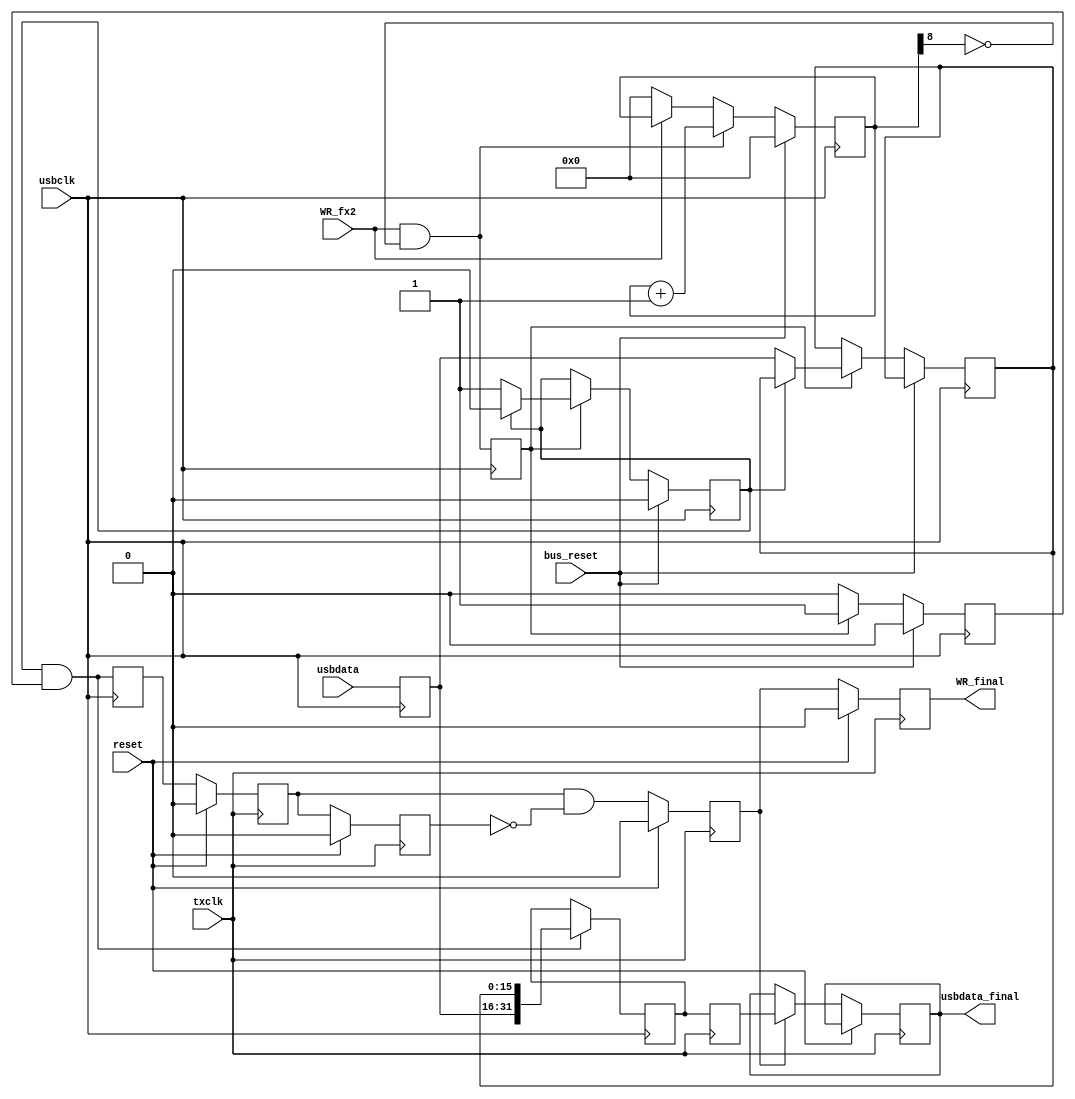
module tx_packer
   (     //FX2 Side
			input bus_reset, 
			input usbclk, 
			input WR_fx2, 
			input [15:0]usbdata,
			
			// TX Side
			input reset,
			input txclk,
			output reg [31:0] usbdata_final,
			output reg WR_final);

	reg [8:0] write_count;

	/* Fix FX2 bug */
	always @(posedge usbclk)
	begin
    	if(bus_reset)        // Use bus reset because this is on usbclk
       		write_count <= #1 0;
    	else if(WR_fx2 & ~write_count[8])
    		write_count <= #1 write_count + 9'd1;
    	else
    		write_count <= #1 WR_fx2 ? write_count : 9'b0;
	end
	
	reg WR_fx2_fixed;
	reg [15:0]usbdata_fixed;
	
	always @(posedge usbclk) 
	begin
	   WR_fx2_fixed <= WR_fx2 & ~write_count[8];
	   usbdata_fixed <= usbdata;
	end

	/* Used to convert 16 bits bus_data to the 32 bits wide fifo */
    reg                             word_complete ;
    reg     [15:0]         			usbdata_delayed ;
    reg                             writing ;
	wire	[31:0]					usbdata_packed ;    
	wire							WR_packed ;
   
    always @(posedge usbclk)
    begin
        if (bus_reset)
          begin
            word_complete <= 0 ;
            writing <= 0 ;
          end
        else if (WR_fx2_fixed)
          begin
            writing <= 1 ;
            if (word_complete)
                word_complete <= 0 ;
            else
              begin
                usbdata_delayed <= usbdata_fixed ;
                word_complete <= 1 ;
              end
          end
        else
            writing <= 0 ;
	end
    
	assign usbdata_packed = {usbdata_fixed, usbdata_delayed} ;
    assign WR_packed = word_complete & writing ;

	/* Make sure data are sync with usbclk */
 	reg [31:0]usbdata_usbclk;
	reg WR_usbclk; 
    
    always @(posedge usbclk)
    begin
    	if (WR_packed)
    		usbdata_usbclk <= usbdata_packed;
        WR_usbclk <= WR_packed;
    end

	/* Cross clock boundaries */
	reg [31:0] usbdata_tx ;
	reg WR_tx;
    reg WR_1;
    reg WR_2;
  
	always @(posedge txclk) usbdata_tx <= usbdata_usbclk;

    always @(posedge txclk) 
    	if (reset)
    		WR_1 <= 0;
    	else
       		WR_1 <= WR_usbclk;

    always @(posedge txclk) 
    	if (reset)
       		WR_2 <= 0;
    	else
      		WR_2 <= WR_1;

	always @(posedge txclk)
	begin
		if (reset)
			WR_tx <= 0;
		else
		   WR_tx <= WR_1 & ~WR_2;
	end
	
	always @(posedge txclk)
	begin
	   if (reset)
	      WR_final <= 0;
	   else
	   begin
	      WR_final <= WR_tx; 
	      if (WR_tx)
	         usbdata_final <= usbdata_tx;
	   end
	end

endmodule